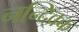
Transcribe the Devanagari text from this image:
नन्दिवक